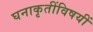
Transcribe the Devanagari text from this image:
घनाकृतींविषयीं